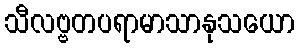
သီလဗ္ဗတပရာမာသာနုသယော